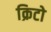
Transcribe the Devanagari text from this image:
क्रिटो